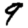
Digit: 9